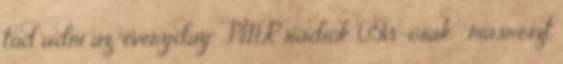
tud adni az "everyday" PMR rádiók 0.5W-osak , másrészt